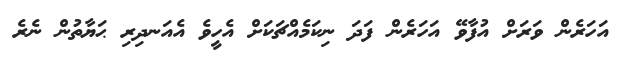
އަހަރެން ވަރަށް އުފާވޭ އަހަރެން ފަދަ ނިކަމެއްޗަކަށް އެހީވެ އެއަނދިރި ޙަޔާތުން ނެރެ